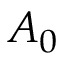
A _ { 0 }